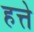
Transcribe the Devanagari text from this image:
हत्ते